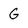
Character: G